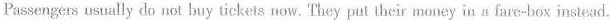
Passengers usually do not buy tickeis now. They put their money in a fare-box instead.